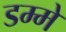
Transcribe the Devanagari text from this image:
डम्मे